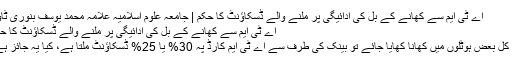
اے ٹی ایم سے کھانے کے بل کی ادائیگی پر ملنے والے ڈسکاؤنٹ کا حکم | جامعہ علوم اسلامیہ علامہ محمد یوسف بنوری ٹاؤن
اے ٹی ایم سے کھانے کے بل کی ادائیگی پر ملنے والے ڈسکاؤنٹ کا حکم
آج کل بعض ہوٹلوں میں کھانا کھایا جائے تو بینک کی طرف سے اے ٹی ایم کارڈ پہ 30% یا 25% ڈسکاؤنٹ ملتا ہے، کیا یہ جائز ہے؟